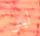
ليس